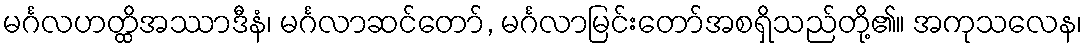
မင်္ဂလဟတ္ထိအဿာဒီနံ၊ မင်္ဂလာဆင်တော်, မင်္ဂလာမြင်းတော်အစရှိသည်တို့၏။ အကုသလေန၊